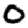
Digit: 0